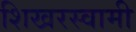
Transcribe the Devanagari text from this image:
शिखरस्वामी